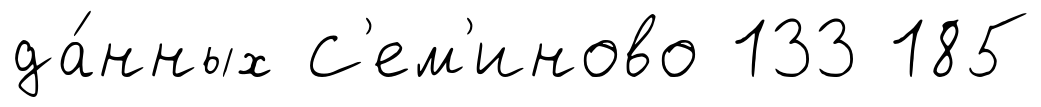
да́нных С'ем'иново 133 185